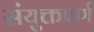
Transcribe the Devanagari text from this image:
संयुक्तपर्ण